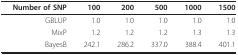
<table><thead><tr><td><b>Number of SNP</b></td><td><b>100</b></td><td><b>200</b></td><td><b>500</b></td><td><b>1000</b></td><td><b>1500</b></td></tr></thead><tbody><tr><td>GBLUP</td><td>1.0</td><td>1.0</td><td>1.0</td><td>1.0</td><td>1.0</td></tr><tr><td>MixP</td><td>1.2</td><td>1.2</td><td>1.2</td><td>1.3</td><td>1.3</td></tr><tr><td>BayesB</td><td>242.1</td><td>286.2</td><td>337.0</td><td>388.4</td><td>401.1</td></tr></tbody></table>